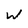
Character: W